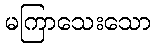
မကြာသေးသော